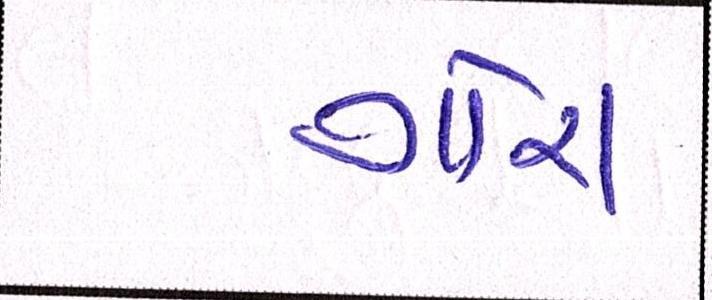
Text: ગોરા